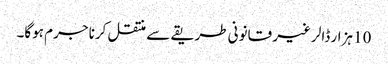
10 ہزار ڈالر غیر قانونی طریقے سے منتقل کرنا جرم ہوگا۔